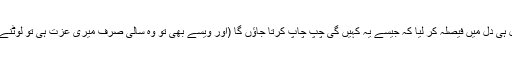
اس لیئے میں نے دل ہی دل میں فیصلہ کر لیا کہ جیسے یہ کہیں گی چپ چاپ کرتا جاؤں گا (اور ویسے بھی تو وہ سالی صرف میری عزت ہی تو لوٹنے کے چکر میں تھی۔